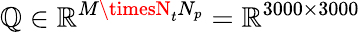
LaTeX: \mathbb{Q}\in\mathbb{{R}}^{M\timesN_{t}N_{p}}=\mathbb{{R}}^{3000\times3000}